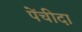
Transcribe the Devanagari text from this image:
पेंचीदा